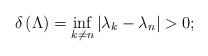
LaTeX: \begin{align*}\delta \left( \Lambda \right) =\inf\limits_{k\neq n}\left\vert\lambda _{k}-\lambda _{n}\right\vert >0; \end{align*}